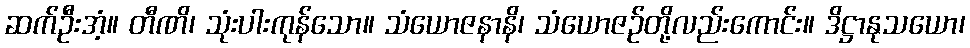
ဆက်ဦးအံ့။ တီဏိ၊ သုံးပါးကုန်သော။ သံယောဇနာနိ၊ သံယောဇဉ်တို့လည်းကောင်း။ ဒိဋ္ဌာနုသယော၊